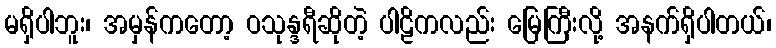
မရှိပါဘူး၊ အမှန်ကတော့ ဝသုန္ဒရီဆိုတဲ့ ပါဠိကလည်း မြေကြီးလို့ အနက်ရှိပါတယ်၊